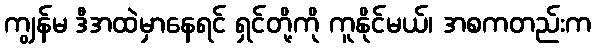
ကျွန်မ ဒီအထဲမှာနေရင် ရှင်တို့ကို ကူနိုင်မယ်၊ အစကတည်းက